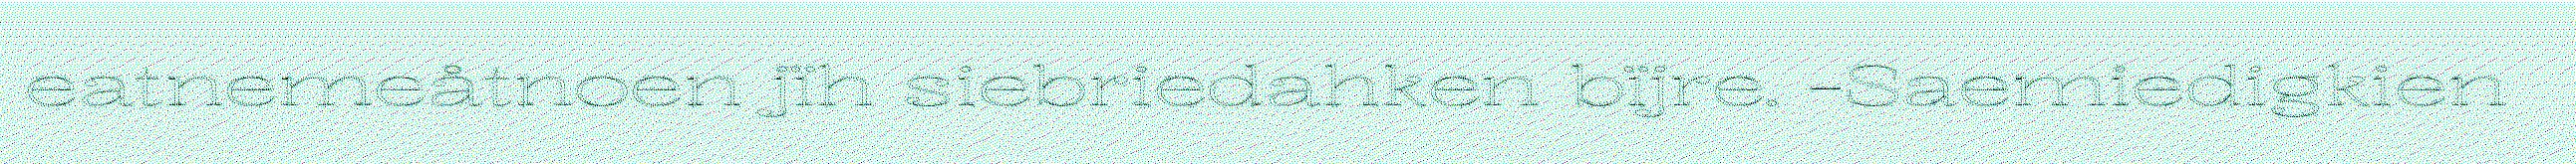
eatnemeåtnoen jïh siebriedahken bïjre. -Saemiedigkien